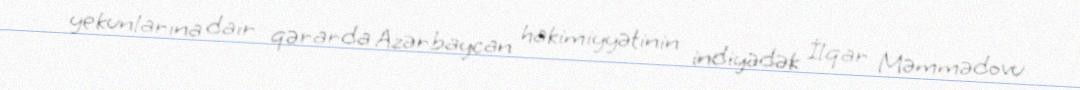
yekunlarına dair qərarda Azərbaycan hakimiyyətinin indiyədək İlqar Məmmədovu